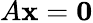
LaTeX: A\mathbf{x}=\mathbf{0}